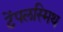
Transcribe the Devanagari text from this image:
टेंपलस्मिथ